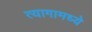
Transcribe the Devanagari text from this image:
त्यागामध्ये